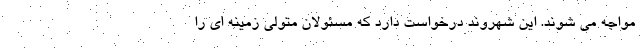
مواجه می شوند. این شهروند درخواست دارد که مسئولان متولی زمینه ای را